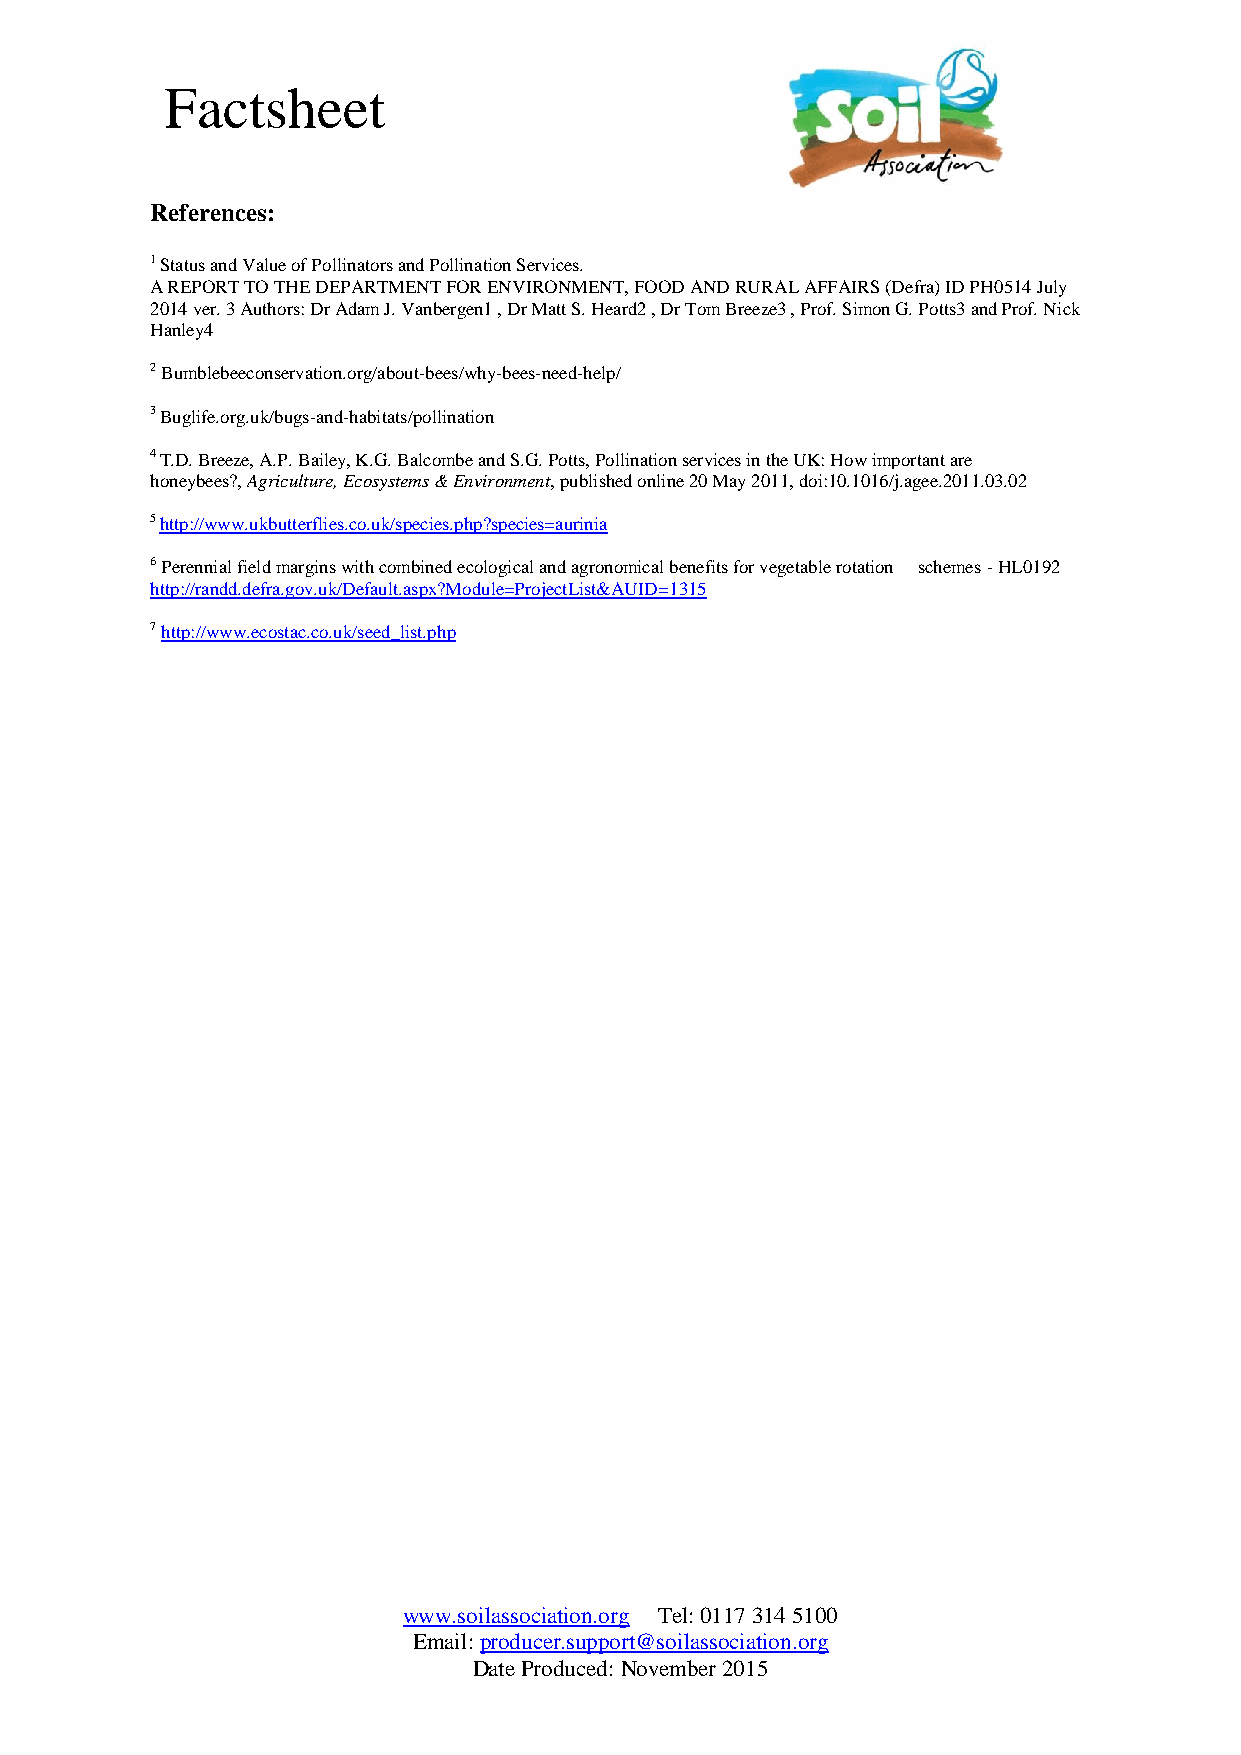
Factsheet
 References:
 1 Status and Value of Pollinators and Pollination Services.
 A REPORT TO THE DEPARTMENT FOR ENVIRONMENT, FOOD AND RURAL AFFAIRS (Defra) ID PH0514 July
 2014 ver. 3 Authors: Dr Adam J. Vanbergen1 , Dr Matt S. Heard2 , Dr Tom Breeze3 , Prof. Simon G. Potts3 and Prof. Nick
 Hanley4
 2 Bumblebeeconservation.org/about-bees/why-bees-need-help/
 3 Buglife.org.uk/bugs-and-habitats/pollination
 4 T.D. Breeze, A.P. Bailey, K.G. Balcombe and S.G. Potts, Pollination services in the UK: How important are
 honeybees?, Agriculture, Ecosystems & Environment, published online 20 May 2011, doi:10.1016/j.agee.2011.03.02
 5 http://www.ukbutterflies.co.uk/species.php?species=aurinia
 6 Perennial field margins with combined ecological and agronomical benefits for vegetable rotation schemes - HL0192
 http://randd.defra.gov.uk/Default.aspx?Module=ProjectList&AUID=1315
 7 http://www.ecostac.co.uk/seed_list.php
 www.soilassociation.org Tel: 0117 314 5100
 Email: producer.support@soilassociation.org
 Date Produced: November 2015